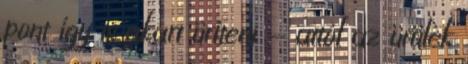
pont így is akart üríteni - attól az ürülék